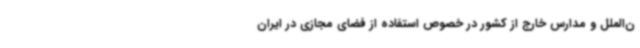
ن‌الملل و مدارس خارج از کشور در خصوص استفاده از فضای مجازی در ایران